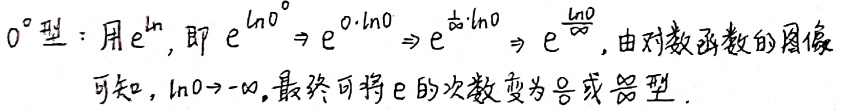
\(0^{0}\)型：用\(e^{\ln}\)，即\(e^{\ln 0^{0}} \Rightarrow e^{0\cdot\ln 0} \Rightarrow e^{\frac{1}{\infty}\cdot\ln 0} \Rightarrow e^{\frac{\ln 0}{\infty}}\)，由对数函数的图像可知，\(\ln 0 \to -\infty\)，最终可将\(e\)的次数变为\(\frac{0}{0}\)或\(\frac{\infty}{\infty}\)型。